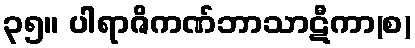
၃၅။ ပါရာဇိကဏ်ဘာသာဋီကာ(စ)